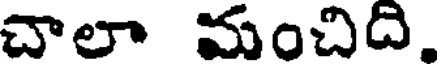
చాలా మంచిది,